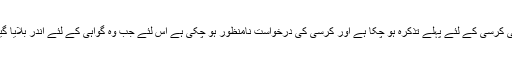
غالباً محمد حسین کو اس امر کی خبر نہ تھی کہ اس کی کرسی کے لئے پہلے تذکرہ ہو چکا ہے اور کرسی کی درخواست نامنظور ہو چکی ہے اس لئے جب وہ گواہی کے لئے اندر بلایا گیا تو جیساکہ خشک مُلّا جاہ طلب اور خودنما ہوتے ہیں۔